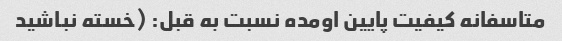
متاسفانه کیفیت پایین اومده نسبت به قبل: (خسته نباشید